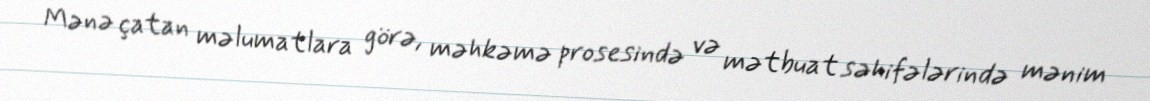
Mənə çatan məlumatlara görə, məhkəmə prosesində və mətbuat səhifələrində mənim